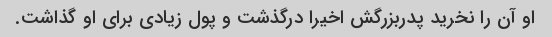
او آن را نخرید پدربزرگش اخیرا درگذشت و پول زیادی برای او گذاشت.